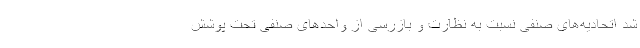
شد اتحادیه‌های صنفی نسبت به نظارت و بازرسی از واحدهای صنفی تحت پوشش